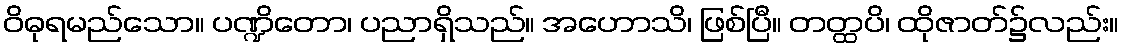
ဝိဓုရမည်သော။ ပဏ္ဍိတော၊ ပညာရှိသည်။ အဟောသိ၊ ဖြစ်ပြီ။ တတ္ထပိ၊ ထိုဇာတ်၌လည်း။